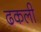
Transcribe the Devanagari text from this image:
ढकली